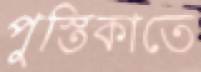
পুস্তিকাতে